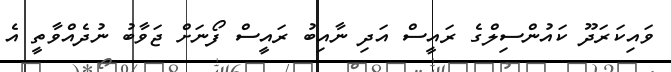
ވައިކަރަދޫ ކައުންސިލްގެ ރައީސް އަދި ނާއިބު ރައީސް ފޯނަށް ޖަވާބު ނުދެއްވާތީ އެ